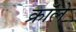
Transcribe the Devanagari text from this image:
क्रॉले